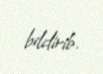
bildirib.